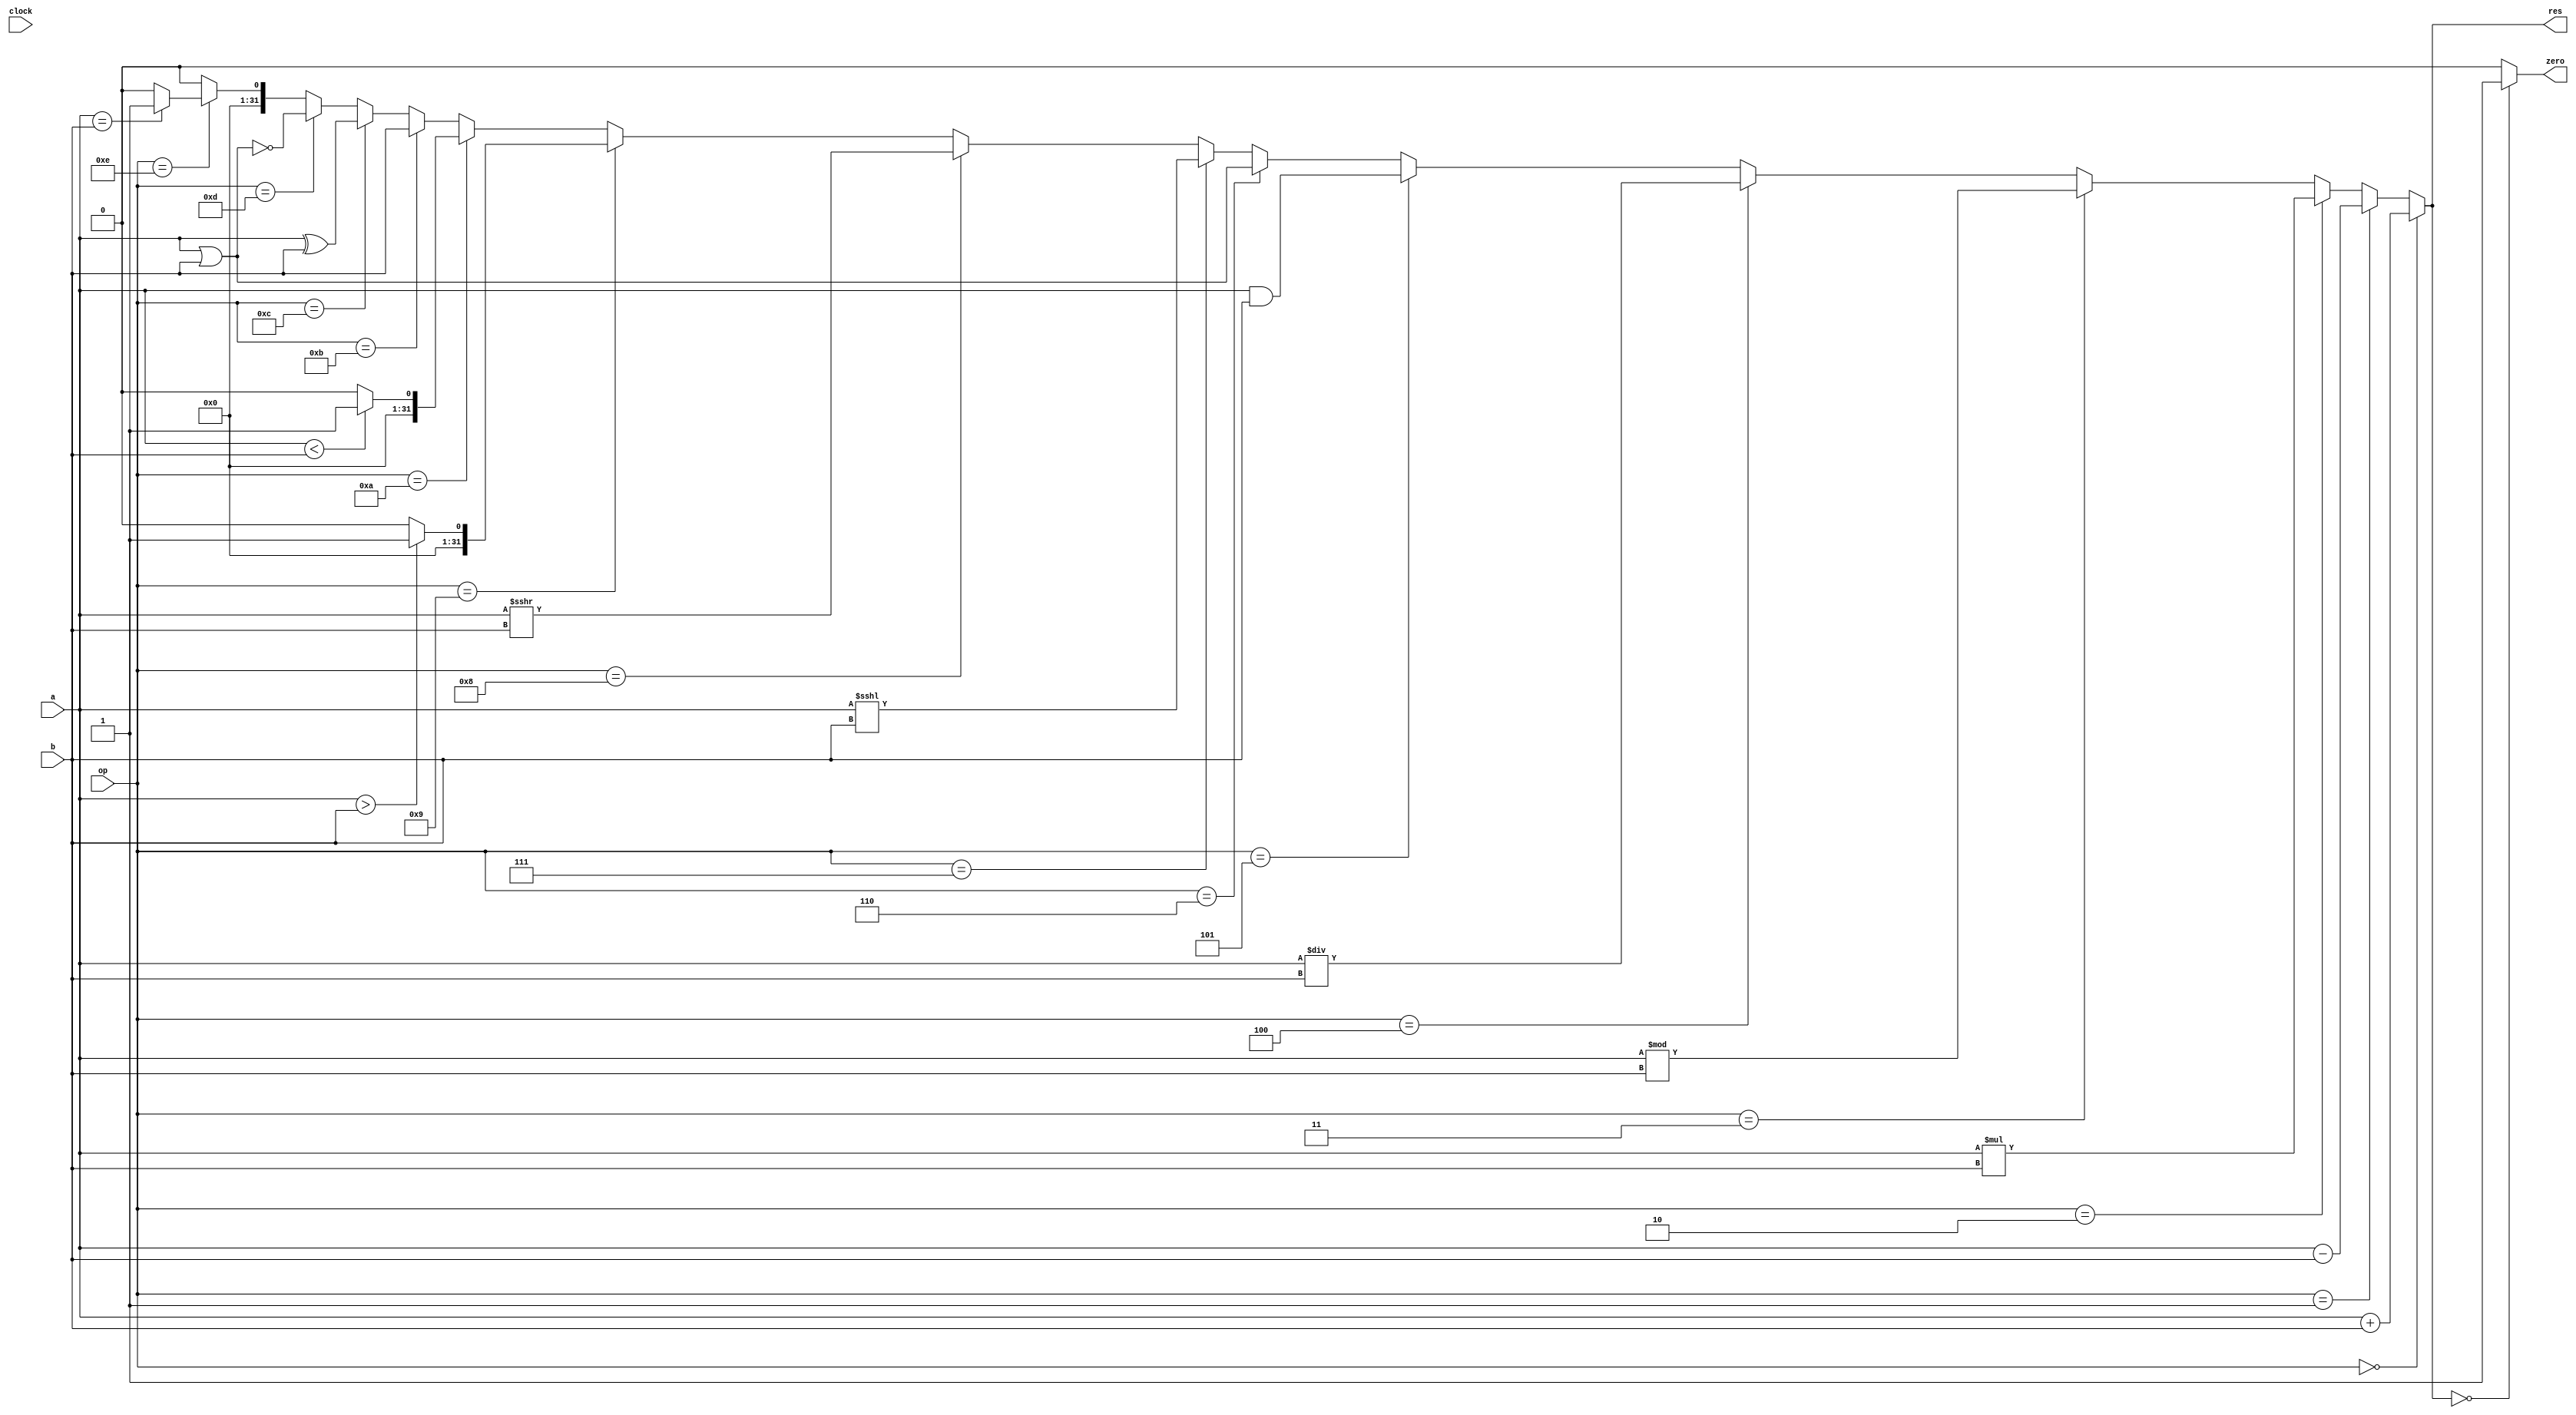
module ula(a,b,op,res,zero,clock);
	input clock;
	input[31:0]a,b;
	input[5:0]op;
	output zero;
	output reg [31:0]res;
		always @ (*)
			begin
			if(op == 6'b000000)
				res = a + b;
			else if(op == 6'b000001)
				res = a - b;
			else if(op == 6'b000010)
				res = a * b;
			else if(op == 6'b000011)
				res = a % b;
			else if(op == 6'b000100)
				res = a / b;
			else if(op == 6'b000101)
				res = a & b;
			else if(op == 6'b000110)
				res = a | b;
			else if(op == 6'b000111)
				res = a <<< b;
			else if(op == 6'b001000)
				res = a >>> b;
			else if(op == 6'b001001)
				if(($signed(a) > $signed(b)))
					res=1;
				else
					res=0;
			else if(op == 6'b001010)
				if(($signed(a) < $signed(b)))
					res=1;
				else
					res=0;
			else if(op == 6'b001011)
				res = b;
			else if(op == 6'b001100)
				res = a ^ b;
			else if(op == 6'b001101)
				res = ~(a | b);
			else if(op == 6'b001110)
				if(a ==b)
					res = 1;
				else
					res = 0;
			else
		   	res = 0;
		end
		assign zero = (res == 0) ? 1'b1: 1'b0;

endmodule